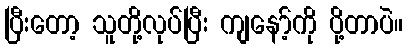
ပြီးတော့ သူတို့လုပ်ပြီး ကျနော့်ကို ပို့တာပဲ။